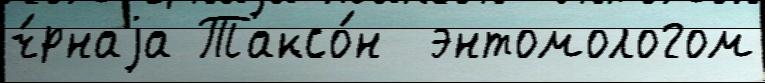
ч́рнаjа Таксо́н  энтомологом